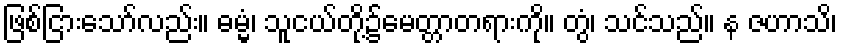
ဖြစ်ငြားသော်လည်း။ ဓမ္မံ၊ သူငယ်တို့၌မေတ္တာတရားကို။ တွံ၊ သင်သည်။ န ဇဟာသိ၊